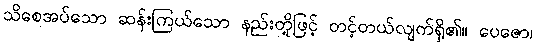
သိစေအပ်သော ဆန်းကြယ်သော နည်းတို့ဖြင့် တင့်တယ်လျက်ရှိ၏။ ပေဇော၊